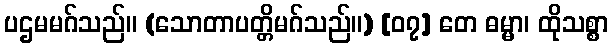
ပဌမမဂ်သည်။ (သောတာပတ္တိမဂ်သည်။) [၀၇] တေ ဓမ္မာ၊ ထိုသစ္စာ